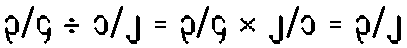
၃/၄ ÷ ၁/၂ = ၃/၄ × ၂/၁ = ၃/၂